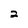
Character: 2